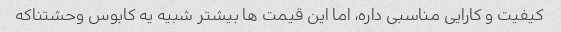
کیفیت و کارایی مناسبی داره، اما این قیمت ها بیشتر شبیه یه کابوس وحشتناکه